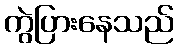
ကွဲပြားနေသည်